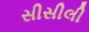
સીસીલી